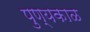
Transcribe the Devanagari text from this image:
पुण्यकाळ